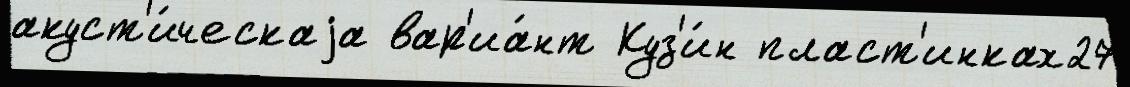
акуст'и́ческаjа вар'иа́нт Куз'и́н пласт'инках27